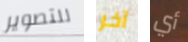
للتصوير آخر أي